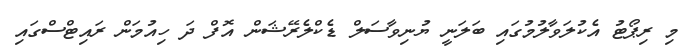
މި ރިޕޯޓު އެކުލަވާލުމުގައި ބަލަނީ ޔުނިވާސަލް ޑެކްލެރޭޝަން އޮފް ދަ ހިއުމަން ރައިޓްސްގައި